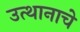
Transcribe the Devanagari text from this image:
उत्थानाचे